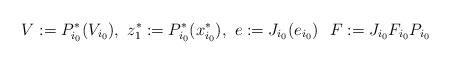
LaTeX: \begin{align*}&V:= P_{i_0}^* (V_{i_0}), \,\, z_1^* := P_{i_0}^* (x_{i_0}^*), \,\, e:=J_{i_0} (e_{i_0}) \,\, \,\, F:= J_{i_0} F_{i_0} P_{i_0}\end{align*}